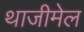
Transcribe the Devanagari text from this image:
थाजीमेल